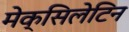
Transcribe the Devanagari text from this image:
मेक्सिलेटिन